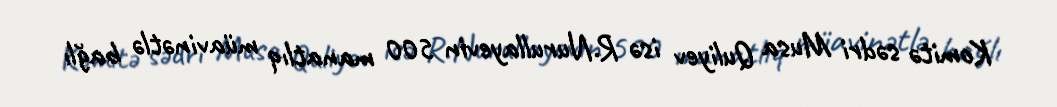
Komitə sədri Musa Quliyev isə R.Nurullayevin 500 manatlıq müavinətlə bağlı